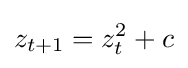
z_{t+1}=z_{t}^{2}+c